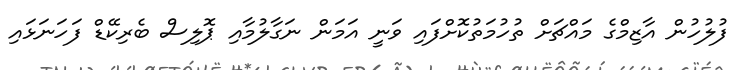
ފުލުހުން އާޒިމްގެ މައްޗަށް ތުހުމަތުކޮށްފައި ވަނީ އަމަން ނަގާލުމާއި ޕޮލިސް ބެރިކޭޑް ފަހަނަޅައި